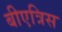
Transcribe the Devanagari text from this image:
बीएत्रिस